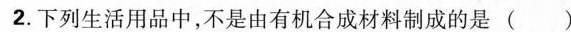
2.下列生活用品中，不是由有机合成材料制成的是()